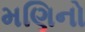
મણિનો